Scottish Leaving Certificate Examination, 1961
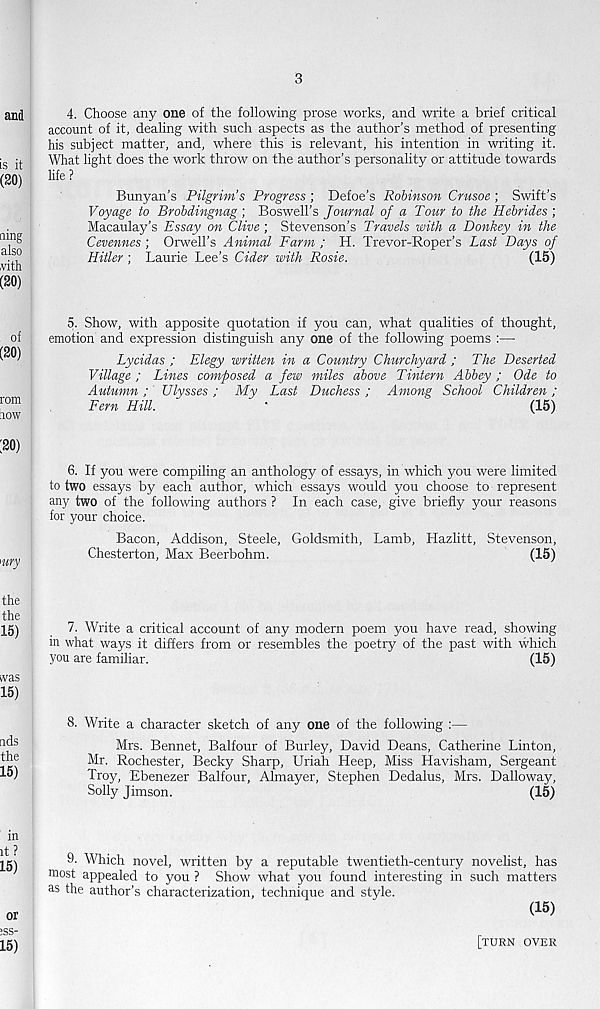
3
4.
Choose any one of the following prose works, and write
account of it, dealing with such aspects as the author’s method of presenting
his subject matter, and, where this is relevant, his intention in writing it.
What light does the work throw on the author’s personality or attitude towards
life?
Bunyan’s Pilgrim s Progress ; Defoe’s Robinson Crusoe ; Swift’s
Voyage to Brobdingnag ; Boswell’s Journal of a Tour to the Hebrides ;
Macaulay’s Essay on Clive ; Stevenson’s Travels with a Donkey in the
Cevennes; Orwell’s Animal Farm ; H. Trevor-Roper’s Last Days of
Hitler ; Laurie Lee’s Cider with Rosie.
(15)
5.
Show, with apposite quotation if you can, what qual
emotion and expression distinguish any one of the following poems :—
Lycidas ; Elegy written in a Country Churchyard ; The Deserted
Village ; Lines composed a few miles above Tintern Abbey ; Ode to
Autumn ; ' Ulysses ;
My Last Duchess ;
Among School Children ;
Fern Hill.
•
(15)
6.
If you were compiling an anthology of essays, in which
to two essays by each author, which essays would you choose to represent
any two of the following authors ? In each case, give briefly your reasons
for your choice.
Bacon, Addison, Steele, Goldsmith, Lamb, Hazlitt, Stevenson,
Chesterton, Max Beerbohm.
(15)
7.
Write a critical account of any modern poem you hav
in what ways it differs from or resembles the poetry of the past with which
you are familiar.
(15)
8.
Write a character sketch of any one of the following
Mrs. Bennet, Balfour of Burley, David Deans, Catherine Linton,
Mr. Rochester, Becky Sharp, Uriah Keep, Miss Havisham, Sergeant
Troy, Ebenezer Balfour, Almayer, Stephen Dedalus, Mrs. Dalloway,
Solly Jimson.
(15)
9.
Which novel, written by a reputable twentieth-centu
most appealed to you ? Show what you found interesting in such matters
as the author’s characterization, technique and style.
(15)
[TURN OVER